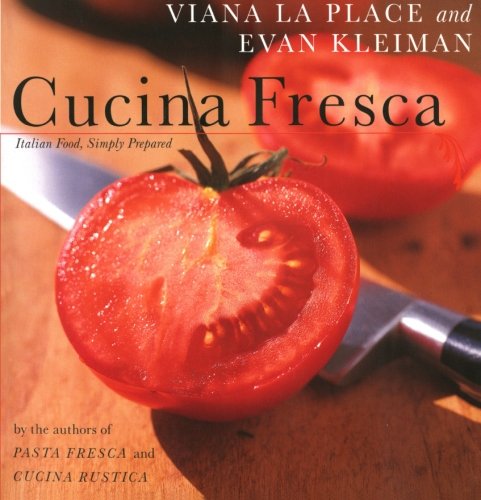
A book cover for Cucina Fresca: Italian Food, Simply Prepared; Viana La Place; Cookbooks, Food & Wine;